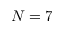
N = 7